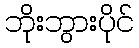
ဘိုးဘွားပိုင်